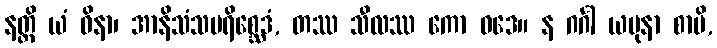
နတ္ထိ ယံ ဝိနာ၊ အာနိသံသပရိစ္ဆေဒံ, တဿ သီလဿ ကော ဝဒေ။ န ဂင်္ဂါ ယမုနာ စာပိ,